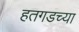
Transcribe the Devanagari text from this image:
हतगडच्या